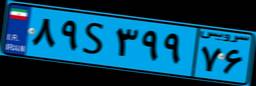
۸۹S۳۹۹۷۶